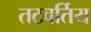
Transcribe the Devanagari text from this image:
तटवर्तिय